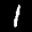
Label: 1